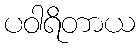
ပဝါရိတာယ